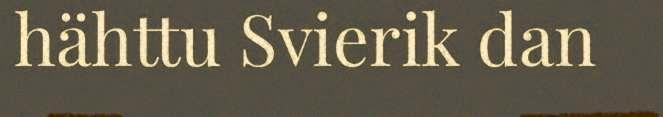
hähttu Svierik dan